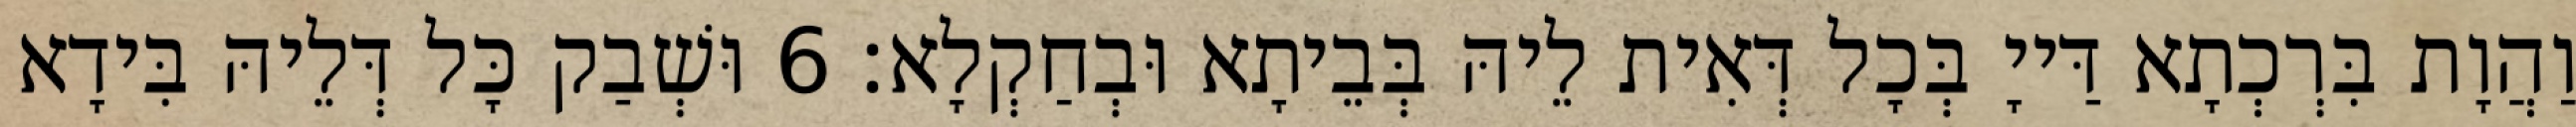
וַהֲוָת בִּרְכְתָא דַּייָ בְּכָל דְּאִית לֵיהּ בְּבֵיתָא וּבְחַקְלָא׃ 6 וּשְׁבַק כָּל דְּלֵיהּ בִּידָא